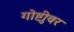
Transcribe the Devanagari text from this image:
गोष्टीुवर